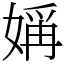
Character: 㛵